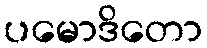
ပမောဒိတော